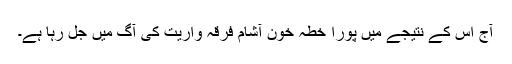
آج اس کے نتیجے میں پورا خطہ خون آشام فرقہ واریت کی آگ میں جل رہا ہے۔